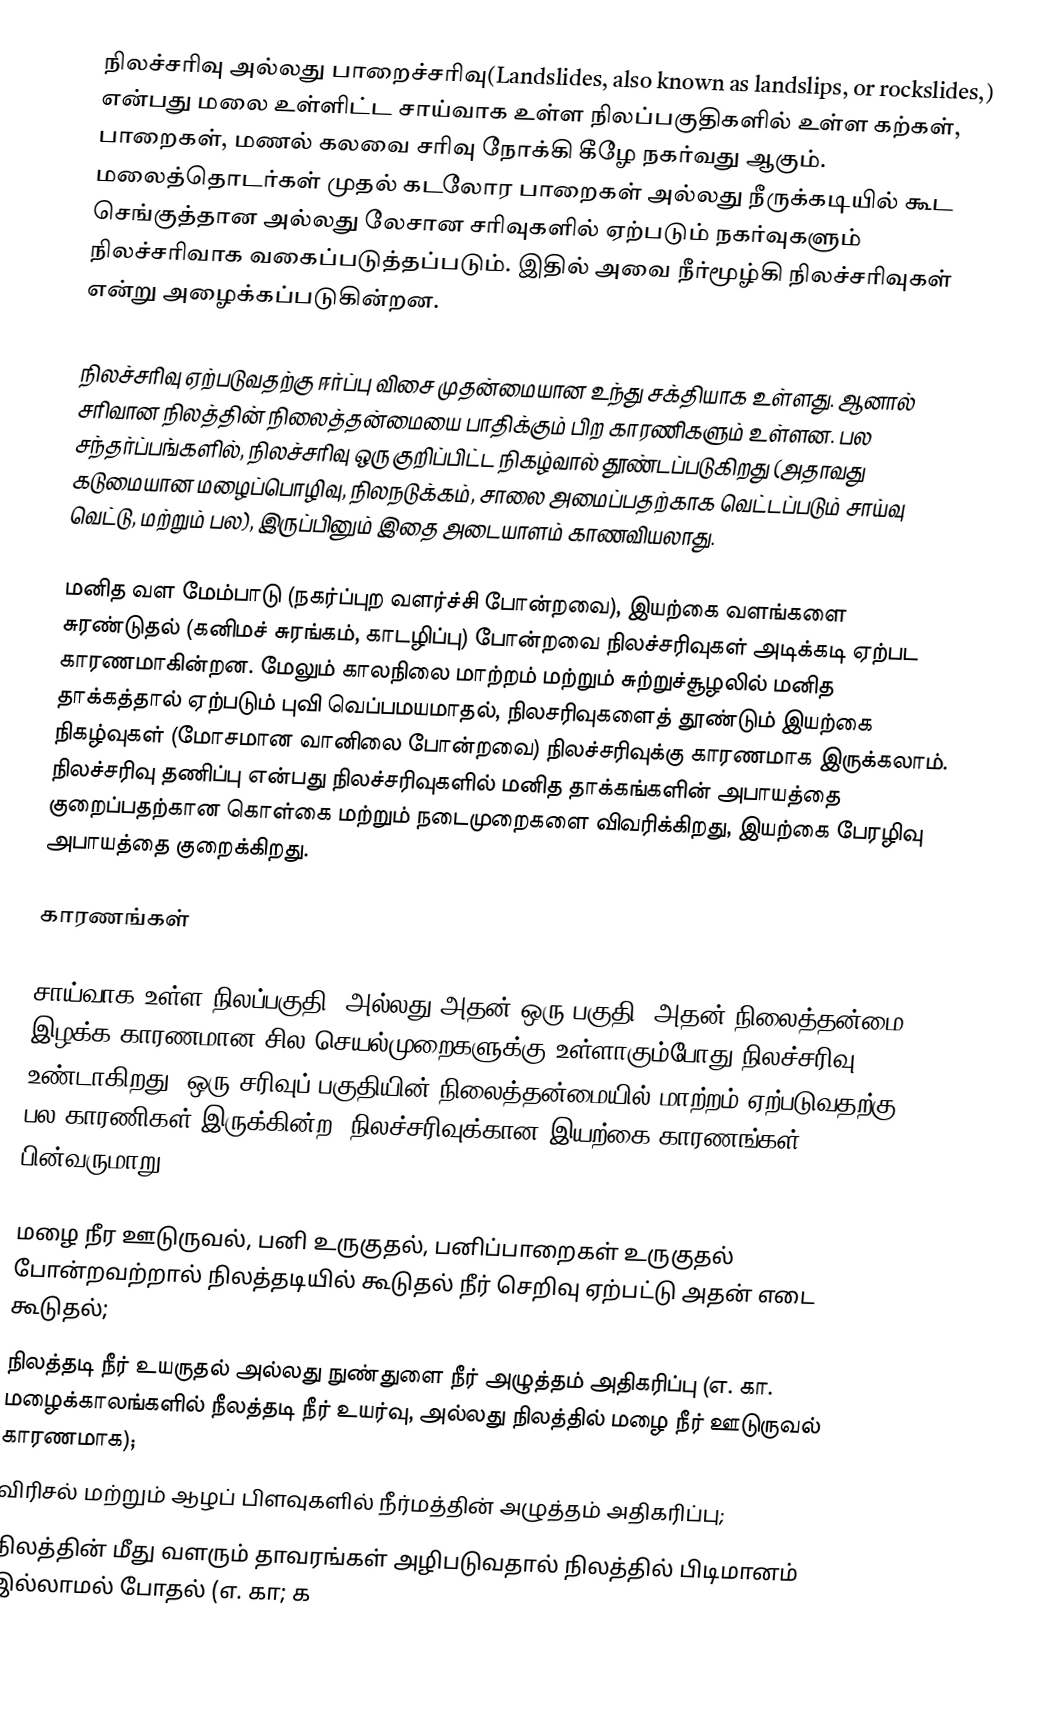
நிலச்சரிவு அல்லது பாறைச்சரிவு(Landslides, also known as landslips, or rockslides,) என்பது  மலை உள்ளிட்ட சாய்வாக உள்ள நிலப்பகுதிகளில் உள்ள கற்கள், பாறைகள், மணல் கலவை சரிவு நோக்கி கீழே நகர்வது ஆகும். மலைத்தொடர்கள் முதல் கடலோர பாறைகள் அல்லது நீருக்கடியில் கூட செங்குத்தான அல்லது லேசான சரிவுகளில் ஏற்படும் நகர்வுகளும் நிலச்சரிவாக வகைப்படுத்தப்படும்.  இதில் அவை நீர்மூழ்கி நிலச்சரிவுகள் என்று அழைக்கப்படுகின்றன.

நிலச்சரிவு ஏற்படுவதற்கு ஈர்ப்பு விசை  முதன்மையான உந்து சக்தியாக உள்ளது. ஆனால் சரிவான நிலத்தின் நிலைத்தன்மையை பாதிக்கும் பிற காரணிகளும் உள்ளன. பல சந்தர்ப்பங்களில், நிலச்சரிவு ஒரு குறிப்பிட்ட நிகழ்வால் தூண்டப்படுகிறது (அதாவது கடுமையான மழைப்பொழிவு,  நிலநடுக்கம்,  சாலை அமைப்பதற்காக வெட்டப்படும்   சாய்வு வெட்டு, மற்றும் பல), இருப்பினும் இதை  அடையாளம் காணவியலாது.

மனித வள மேம்பாடு (நகர்ப்புற வளர்ச்சி போன்றவை), இயற்கை வளங்களை சுரண்டுதல் (கனிமச் சுரங்கம், காடழிப்பு) போன்றவை நிலச்சரிவுகள் அடிக்கடி ஏற்பட காரணமாகின்றன. மேலும் காலநிலை மாற்றம் மற்றும் சுற்றுச்சூழலில் மனித தாக்கத்தால் ஏற்படும் புவி வெப்பமயமாதல், நிலசரிவுகளைத் தூண்டும் இயற்கை நிகழ்வுகள்  (மோசமான வானிலை போன்றவை) நிலச்சரிவுக்கு காரணமாக இருக்கலாம். நிலச்சரிவு தணிப்பு என்பது நிலச்சரிவுகளில் மனித தாக்கங்களின் அபாயத்தை குறைப்பதற்கான கொள்கை மற்றும் நடைமுறைகளை விவரிக்கிறது, இயற்கை பேரழிவு அபாயத்தை குறைக்கிறது.

காரணங்கள்

சாய்வாக உள்ள நிலப்பகுதி (அல்லது அதன் ஒரு பகுதி)  அதன்  நிலைத்தன்மை இழக்க காரணமான  சில செயல்முறைகளுக்கு உள்ளாகும்போது நிலச்சரிவு உண்டாகிறது. ஒரு சரிவுப் பகுதியின் நிலைத்தன்மையில் மாற்றம் ஏற்படுவதற்கு பல காரணிகள் இருக்கின்ற. நிலச்சரிவுக்கான இயற்கை காரணங்கள் பின்வருமாறு:

 மழை நீர ஊடுருவல்,  பனி உருகுதல், பனிப்பாறைகள் உருகுதல் போன்றவற்றால்  நிலத்தடியில் கூடுதல் நீர் செறிவு ஏற்பட்டு அதன் எடை கூடுதல்;
 நிலத்தடி நீர் உயருதல் அல்லது நுண்துளை நீர் அழுத்தம் அதிகரிப்பு (எ. கா. மழைக்காலங்களில் நீலத்தடி நீர் உயர்வு, அல்லது நிலத்தில் மழை நீர் ஊடுருவல் காரணமாக);
 விரிசல் மற்றும் ஆழப் பிளவுகளில் நீர்மத்தின் அழுத்தம் அதிகரிப்பு;
 நிலத்தின் மீது வளரும் தாவரங்கள் அழிபடுவதால் நிலத்தில் பிடிமானம் இல்லாமல் போதல் (எ. கா; க